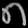
Digit: ၈